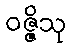
ဝဇ္ဇိသု